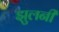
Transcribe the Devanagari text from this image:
झुलनी